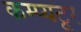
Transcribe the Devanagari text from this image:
कम्प्यटूर